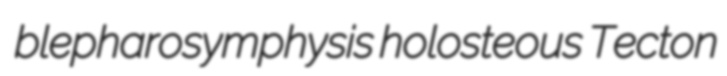
blepharosymphysis holosteous Tecton